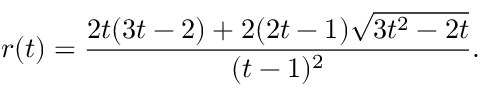
r ( t ) = \frac { 2 t ( 3 t - 2 ) + 2 ( 2 t - 1 ) \sqrt { 3 t ^ { 2 } - 2 t } } { ( t - 1 ) ^ { 2 } } .